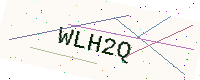
Text: WLH2Q